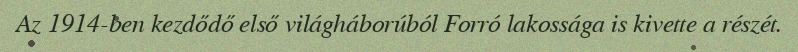
Az 1914-ben kezdődő első világháborúból Forró lakossága is kivette a részét.